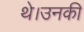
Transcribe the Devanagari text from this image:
थे।उनकी